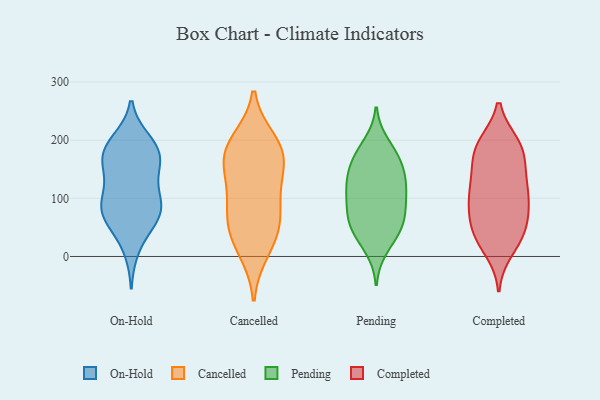
{"axis": {"x": "Population (Million)", "y": "Value"}, "legend": ["Cancelled", "Completed", "On-Hold", "Pending"], "data": [{"x": "", "y": 85, "type": "On-Hold"}, {"x": "", "y": 86, "type": "On-Hold"}, {"x": "", "y": 12, "type": "On-Hold"}, {"x": "", "y": 62, "type": "On-Hold"}, {"x": "", "y": 159, "type": "On-Hold"}, {"x": "", "y": 168, "type": "On-Hold"}, {"x": "", "y": 53, "type": "On-Hold"}, {"x": "", "y": 188, "type": "On-Hold"}, {"x": "", "y": 106, "type": "On-Hold"}, {"x": "", "y": 66, "type": "On-Hold"}, {"x": "", "y": 123, "type": "On-Hold"}, {"x": "", "y": 178, "type": "On-Hold"}, {"x": "", "y": 150, "type": "On-Hold"}, {"x": "", "y": 165, "type": "On-Hold"}, {"x": "", "y": 196, "type": "On-Hold"}, {"x": "", "y": 200, "type": "On-Hold"}, {"x": "", "y": 92, "type": "On-Hold"}, {"x": "", "y": 80, "type": "On-Hold"}, {"x": "", "y": 52, "type": "Cancelled"}, {"x": "", "y": 11, "type": "Cancelled"}, {"x": "", "y": 178, "type": "Cancelled"}, {"x": "", "y": 197, "type": "Cancelled"}, {"x": "", "y": 37, "type": "Cancelled"}, {"x": "", "y": 108, "type": "Cancelled"}, {"x": "", "y": 100, "type": "Cancelled"}, {"x": "", "y": 64, "type": "Cancelled"}, {"x": "", "y": 169, "type": "Cancelled"}, {"x": "", "y": 155, "type": "Cancelled"}, {"x": "", "y": 183, "type": "Cancelled"}, {"x": "", "y": 58, "type": "Pending"}, {"x": "", "y": 137, "type": "Pending"}, {"x": "", "y": 14, "type": "Pending"}, {"x": "", "y": 174, "type": "Pending"}, {"x": "", "y": 157, "type": "Pending"}, {"x": "", "y": 50, "type": "Pending"}, {"x": "", "y": 111, "type": "Pending"}, {"x": "", "y": 86, "type": "Pending"}, {"x": "", "y": 34, "type": "Pending"}, {"x": "", "y": 176, "type": "Pending"}, {"x": "", "y": 152, "type": "Pending"}, {"x": "", "y": 117, "type": "Pending"}, {"x": "", "y": 66, "type": "Pending"}, {"x": "", "y": 84, "type": "Pending"}, {"x": "", "y": 127, "type": "Pending"}, {"x": "", "y": 193, "type": "Pending"}, {"x": "", "y": 51, "type": "Pending"}, {"x": "", "y": 110, "type": "Pending"}, {"x": "", "y": 146, "type": "Completed"}, {"x": "", "y": 91, "type": "Completed"}, {"x": "", "y": 192, "type": "Completed"}, {"x": "", "y": 91, "type": "Completed"}, {"x": "", "y": 71, "type": "Completed"}, {"x": "", "y": 180, "type": "Completed"}, {"x": "", "y": 119, "type": "Completed"}, {"x": "", "y": 153, "type": "Completed"}, {"x": "", "y": 190, "type": "Completed"}, {"x": "", "y": 34, "type": "Completed"}, {"x": "", "y": 186, "type": "Completed"}, {"x": "", "y": 113, "type": "Completed"}, {"x": "", "y": 97, "type": "Completed"}, {"x": "", "y": 46, "type": "Completed"}, {"x": "", "y": 65, "type": "Completed"}, {"x": "", "y": 127, "type": "Completed"}, {"x": "", "y": 33, "type": "Completed"}, {"x": "", "y": 11, "type": "Completed"}, {"x": "", "y": 33, "type": "Completed"}, {"x": "", "y": 193, "type": "Completed"}]}